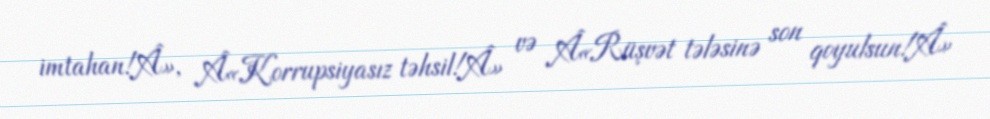
imtahan!Â», Â«Korrupsiyasız təhsil!Â» və Â«Rüşvət tələsinə son qoyulsun!Â»